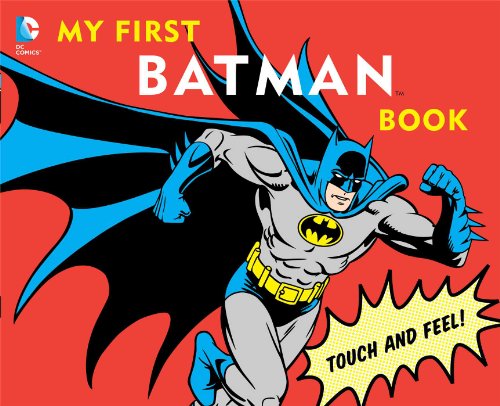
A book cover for My First Batman Book: Touch and Feel (DC Super Heroes); David Bar Katz; Children's Books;